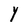
Character: Y